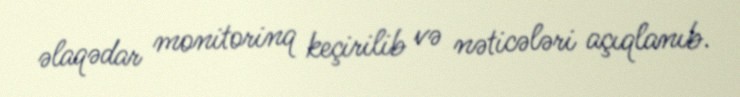
əlaqədar monitorinq keçirilib və nəticələri açıqlanıb.